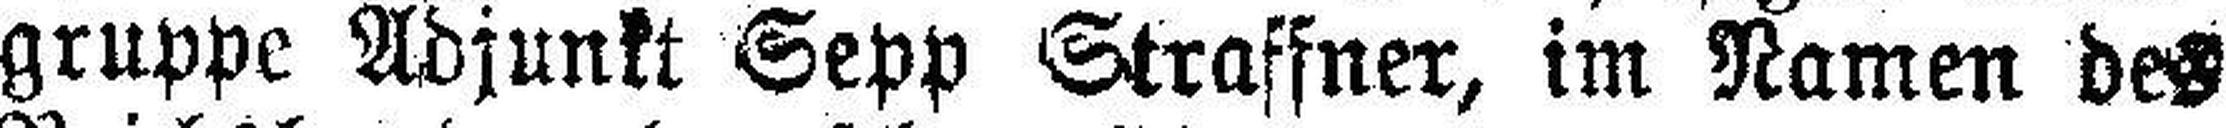
gruppe Adjunkt Sepp Straffner, im Namen des